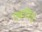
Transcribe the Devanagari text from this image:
एकत्रित्